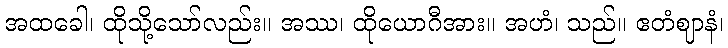
အထခေါ၊ ထိုသို့သော်လည်း။ အဿ၊ ထိုယောဂီအား။ အဟံ၊ သည်။ ဧတံဈာနံ၊